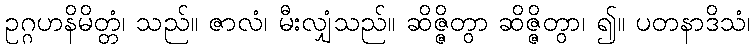
ဥဂ္ဂဟနိမိတ္တံ၊ သည်။ ဇာလံ၊ မီးလျှံသည်။ ဆိဇ္ဇိတွာ ဆိဇ္ဇိတွာ၊ ၍။ ပတနာဒိသံ၊